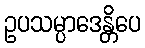
ဥပသမ္ပာဒေန္တိပေ